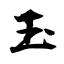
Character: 玉